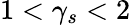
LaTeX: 1<\gamma_{s}<2